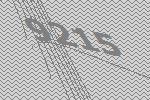
9215